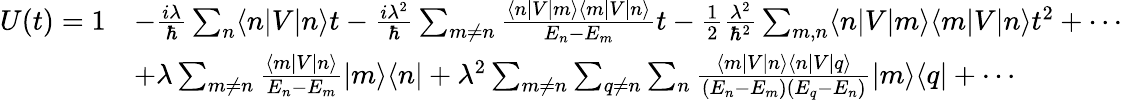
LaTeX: {\begin{array}{rl}{U(t)=1}&{-{\frac{i\lambda}{\hbar}}\sum_{n}\langle n|V|n\rangle t-{\frac{i\lambda^{2}}{\hbar}}\sum_{m\neq n}{\frac{\langle n|V|m\rangle\langle m|V|n\rangle}{E_{n}-E_{m}}}t-{\frac{1}{2}}{\frac{\lambda^{2}}{\hbar^{2}}}\sum_{m,n}\langle n|V|m\rangle\langle m|V|n\rangle t^{2}+\cdots}\\ &{+\lambda\sum_{m\neq n}{\frac{\langle m|V|n\rangle}{E_{n}-E_{m}}}|m\rangle\langle n|+\lambda^{2}\sum_{m\neq n}\sum_{q\neq n}\sum_{n}{\frac{\langle m|V|n\rangle\langle n|V|q\rangle}{(E_{n}-E_{m})(E_{q}-E_{n})}}|m\rangle\langle q|+\cdots}\end{array}}